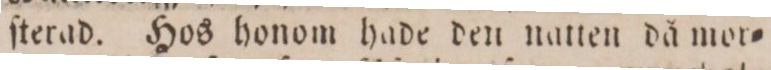
ſterad. Hos honom hade den natten då mor=